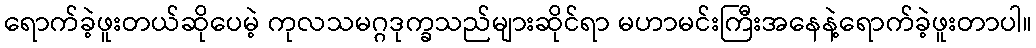
ရောက်ခဲ့ဖူးတယ်ဆိုပေမဲ့ ကုလသမဂ္ဂဒုက္ခသည်များဆိုင်ရာ မဟာမင်းကြီးအနေနဲ့ရောက်ခဲ့ဖူးတာပါ။